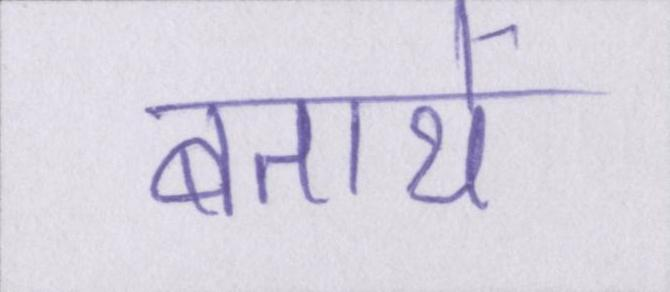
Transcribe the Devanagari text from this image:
बतायें